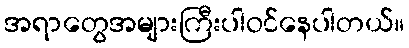
အရာတွေအများကြီးပါဝင်နေပါတယ်။